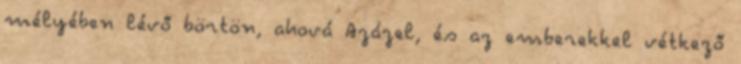
mélyében lévő börtön, ahová Azázel, és az emberekkel vétkező